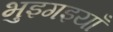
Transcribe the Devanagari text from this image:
भुइगइयाँ